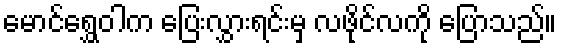
မောင်ရွှေဝါက ပြေးလွှားရင်းမှ လဖိုင်လကို ပြောသည်။